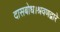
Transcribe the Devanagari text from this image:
दासबोध।श्रवणद्वारें